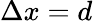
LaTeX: \Delta x=d